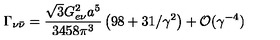
\Gamma _ { \nu { \bar { \nu } } } = \frac { \sqrt { 3 } G _ { e \nu } ^ { 2 } a ^ { 5 } } { 3 4 5 8 \pi ^ { 3 } } \left( 9 8 + 3 1 / \gamma ^ { 2 } \right) + { \cal O } ( \gamma ^ { - 4 } )